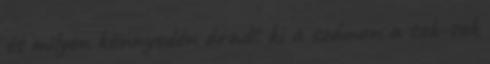
és milyen könnyedén áradt ki a számon a sok-sok